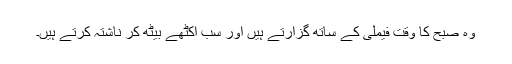
وہ صبح کا وقت فیملی کے ساتھ گزارتے ہیں اور سب اکٹھے بیٹھ کر ناشتہ کرتے ہیں۔